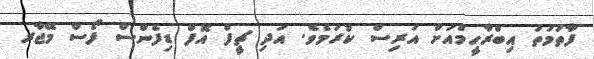
ފާތުމަތު އިބްރާހީމްއަށް އަރިސް ކުރަމެވެ. އަދި ޗީފް އޮފް ޑިފެންސް ފޯސް މޭޖާރ